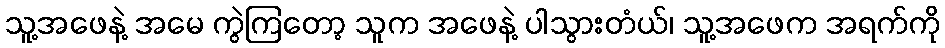
သူ့အဖေနဲ့ အမေ ကွဲကြတော့ သူက အဖေနဲ့ ပါသွားတံယ်၊ သူ့အဖေက အရက်ကို